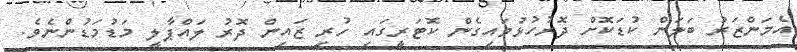
އެމަންޒަރު ބަލަން ކުޑަކޮށް ދޮރުހުޅުވައިގެން ކޮޓަރީގައި ހުރި ޒައިން ދޮރު ލައްޕާލީ މަޑުމަޑުންނެވެ.